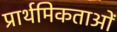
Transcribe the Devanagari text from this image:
प्रार्थमिकताओं